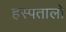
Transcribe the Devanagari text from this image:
हस्पतालो